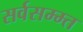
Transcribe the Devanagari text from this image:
सर्वसम्म्त